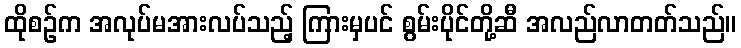
ထိုစဉ်က အလုပ်မအားလပ်သည့် ကြားမှပင် စွမ်းပိုင်တို့ဆီ အလည်လာတတ်သည်။